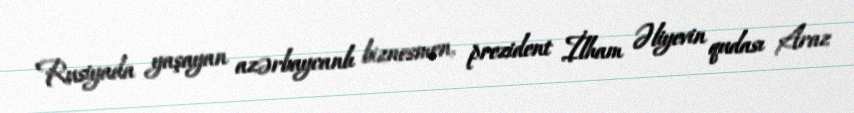
Rusiyada yaşayan azərbaycanlı biznesmen, prezident İlham Əliyevin qudası Araz